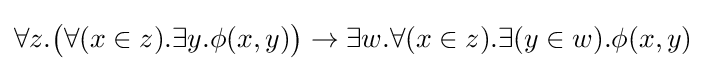
\forall z.{\big (}\forall (x\in z).\exists y.\phi (x,y){\big )}\to \exists w.\forall (x\in z).\exists (y\in w).\phi (x,y)